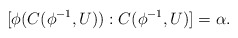
\begin{align*}[\phi(C(\phi^{-1},U)):C(\phi^{-1},U)]=\alpha.\end{align*}